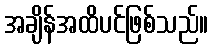
အချိန်အထိပင်ဖြစ်သည်။